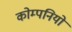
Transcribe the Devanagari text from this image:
कोम्पनियों